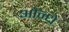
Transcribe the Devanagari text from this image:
औन्धे